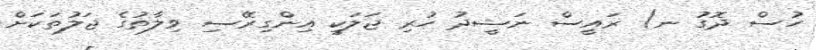
ހުސް ދޮގު ނ) ރައީސް ނަޝީދު ހުރި ޖަލަކީ އިންގިރޭސި ވިލާތުގެ ޖަލުތަކަށް